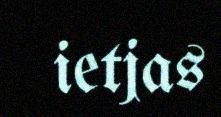
ietjas